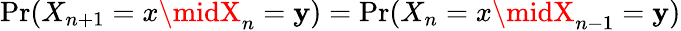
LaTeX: \operatorname*{Pr}(X_{n+1}=x\midX_{n}=\mathbf{y})=\operatorname*{Pr}(X_{n}=x\midX_{n-1}=\mathbf{y})